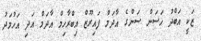
ޒަކީ އަބްދު ހަސަން ސަންގެ އާދަމް ފައިރޫޒް އިބްރާހިމް އާދަމް އަދި އަހުމަދު